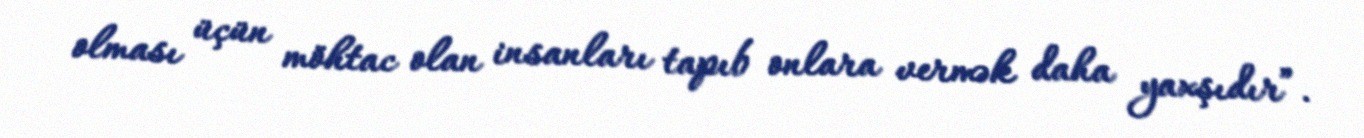
olması üçün möhtac olan insanları tapıb onlara vermək daha yaxşıdır”.